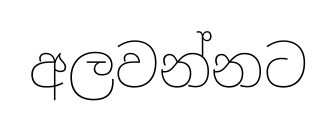
අලවන්නට